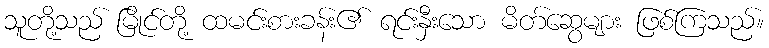
သူတို့သည် မြိုင်တို့ ထမင်းစားခန်း၏ ရင်းနှီးသော မိတ်ဆွေများ ဖြစ်ကြသည်။